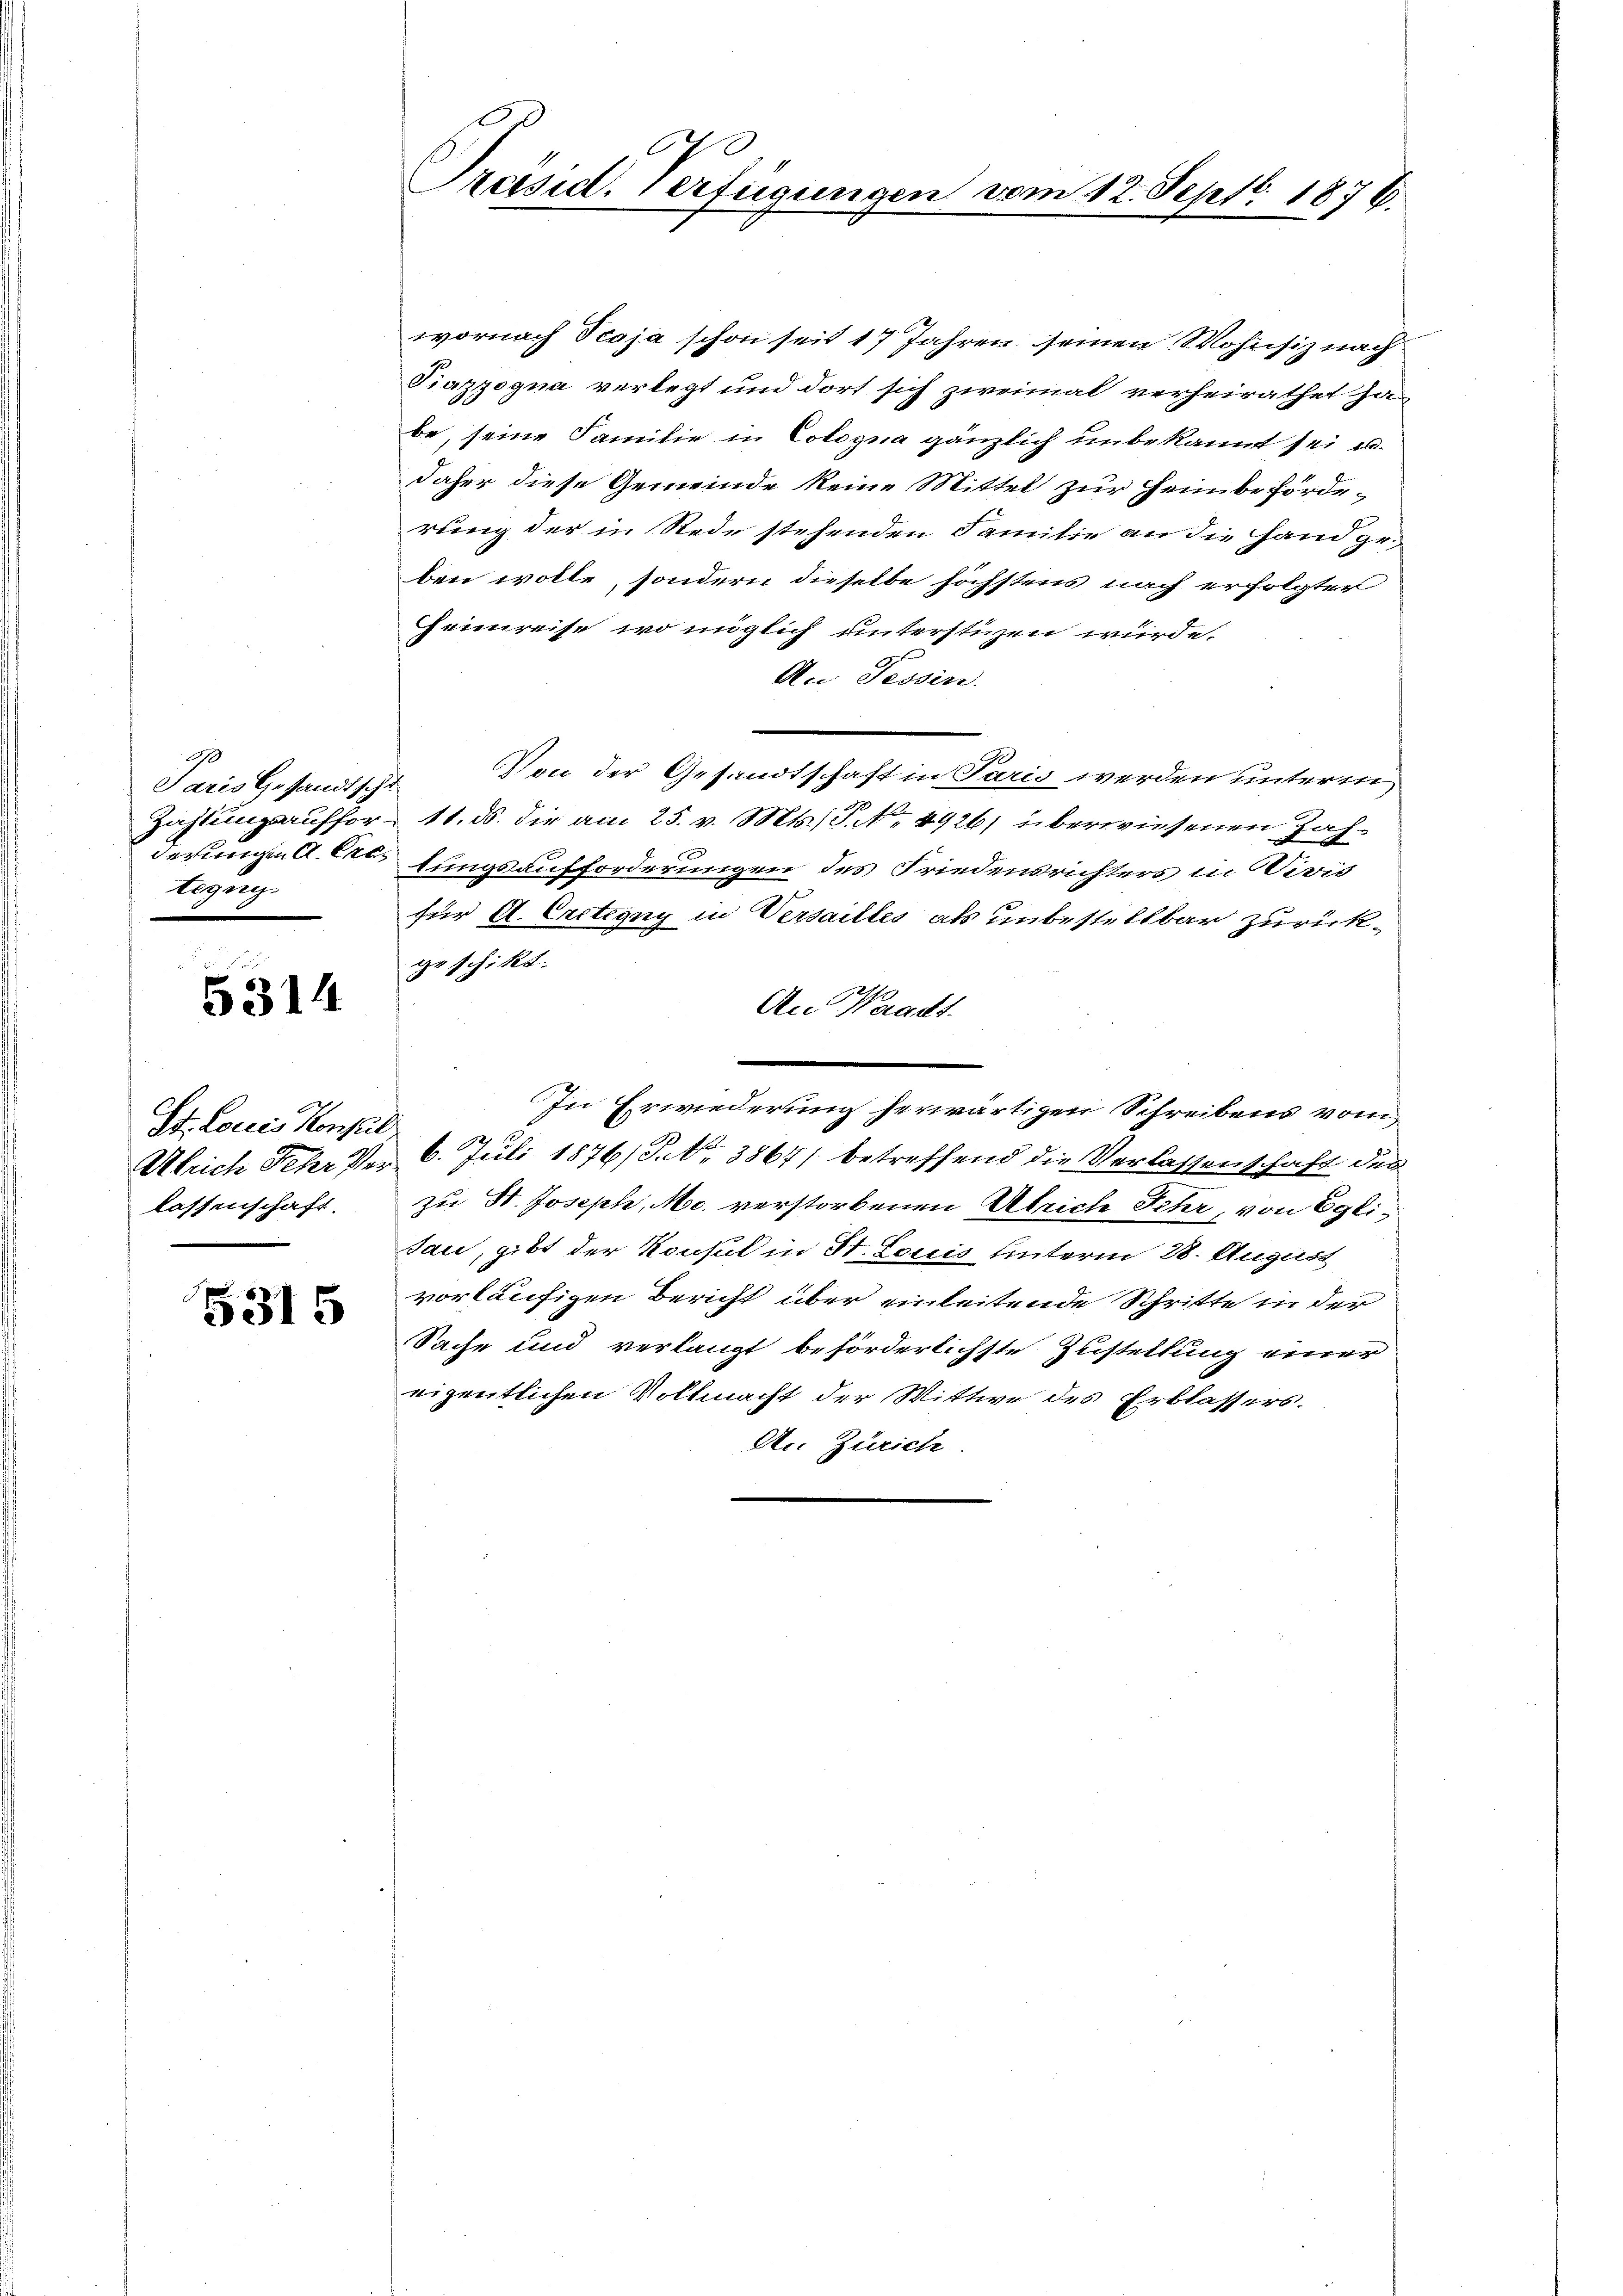
2
Paris Gesandtsche
Zahlungsauffor-
derungen A. Exc
tezng

5314.

St. Louis Konsul
Ulrich Fehr Per
lassenschaft.

5315

C
Präsid. Verfügungen vom 12. Sept. 1876.

wornach Tcaja schon seit 17 Jahren seinen Wohnsiz nach
Piazzogna verlegt und dort sich zweimal verheirathet ja
be, seine Familie in Cologna gänzlich unbekannt sei u.
daher diese Gemeinde keine Mittel zur Heimbeförderung der in Rede stehenden Familie an die Hand geben wolle, sondern dieselbe höchstens nach erfolgter
Geinreise, wo nüglich unterstüzen würde.
An Fessen.
Von der Gesandtschaft in Paris werden unterm
11. ds. die am 25. v. Mts., S. No 4926) überwiesenen Zahtungsaufforderungen des Friedensrichters in Vevis
für A. Crctigny in Versalles als unbestellbar zurückgeschikt.
An Waadt.
In Erwiederung herwärtigen Schreibens vom
6. Juli 1876/ P. Nr. 3867/ betreffend die Verlassenschaft des
zu St. Joseph, M. verstorbenen Ulrich Fehr, von Egli¬
Jau, gibt der Konsul in St. Louis Unterm 28. August
vorläufigen Bericht über einleitende Schritte in der
Sache und verlangt beförderlichste Zustellung einer
eigentlichen Vollmacht der Wittwe des Erblassers.
An Zürich.